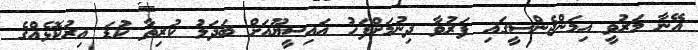
އޭނާ މަރުވީ އިމަންޖެންސީގައި ފަރުވާ ދިނުމަށްފަހު އައިސީޔޫއަށް ބަދަލު ކުރިތާ ކުޑަ އިރުކޮޅެއްގެ